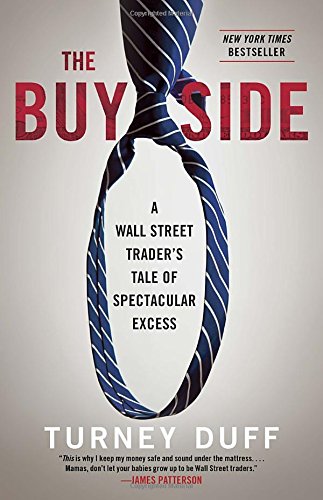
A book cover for The Buy Side: A Wall Street Trader's Tale of Spectacular Excess; Turney Duff; Business & Money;